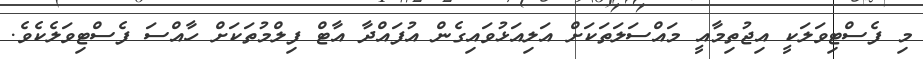
މި ފެސްޓިވަލަކީ އިޖުތިމާއީ މައްސަލަތަކަށް އަލިއަޅުވައިގެން އުފައްދާ އާޓް ފިލްމުތަކަށް ހާއްސަ ފެސްޓިވަލެކެވެ.